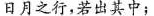
日月之行，若出其中；